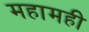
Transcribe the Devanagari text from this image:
महामही